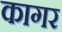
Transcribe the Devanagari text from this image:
कागर